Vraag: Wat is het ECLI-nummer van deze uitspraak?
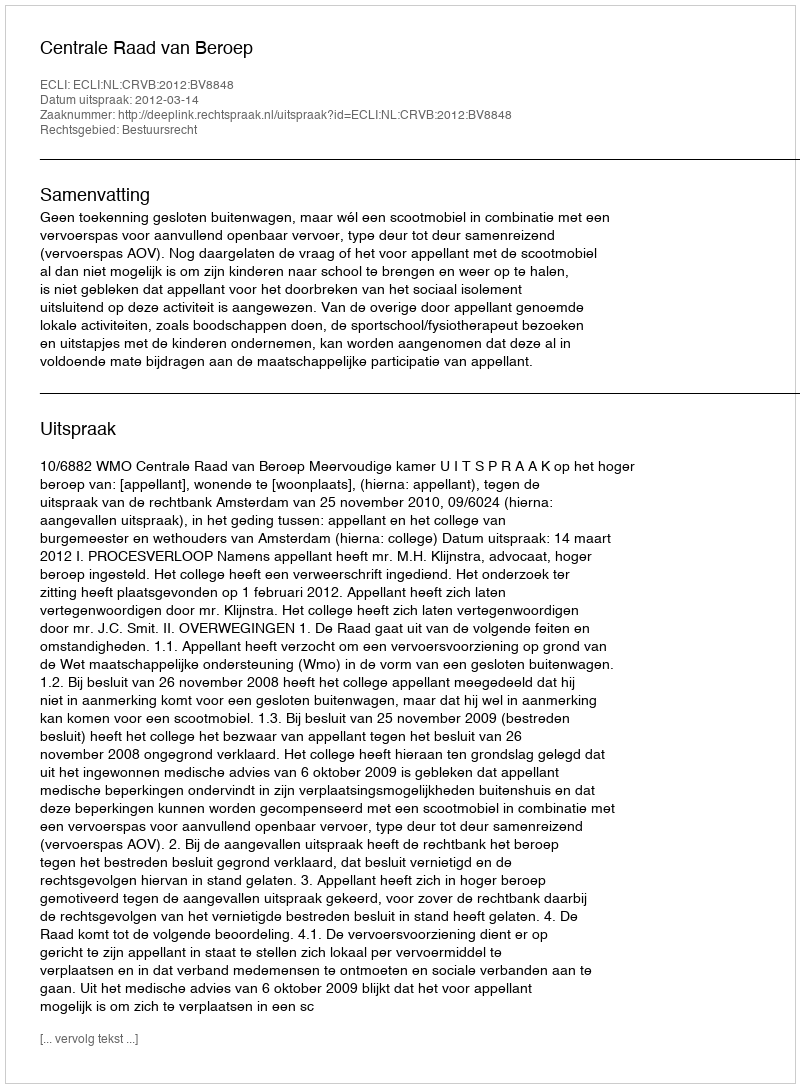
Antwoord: ECLI:NL:CRVB:2012:BV8848